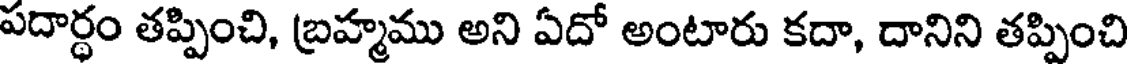
పదార్ధం తప్పించి, బ్రహ్మము అని ఏదో అంటారు కదా, దానిని తప్పించి